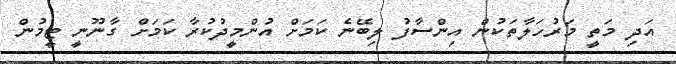
އަދި މަތީ މަރުހަލާތަކުން އިންސާފު ލިބޭނެ ކަމަށް އުންމީދުކުރާ ކަމަށް ގާނޫނީ ޓީމުން